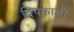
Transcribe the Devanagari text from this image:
दिपकाडी